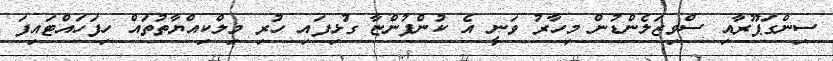
ސިންގަޕޫރާއި ސްވިޒަލެންޑުން މިހާރު ވަނީ އެ ކުންފުންޏާ ގުޅިފައި ހުރި މިލްކިއްޔާތުތައް ހިފަހައްޓައިފަ